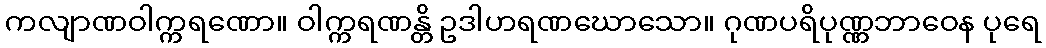
ကလျာဏဝါက္ကရဏော။ ဝါက္ကရဏန္တိ ဥဒါဟရဏဃောသော။ ဂုဏပရိပုဏ္ဏဘာဝေန ပုရေ